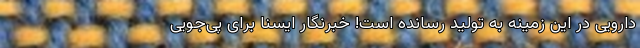
دارویی در این زمینه به تولید رسانده است! خبرنگار ایسنا برای پی‌جویی